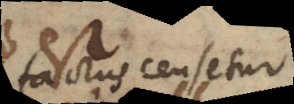
factus censetur,